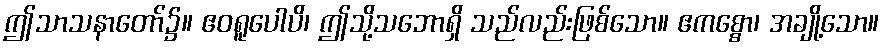
ဤသာသနာတော်၌။ ဧဝရူပေါပိ၊ ဤသို့သဘောရှိ သည်လည်းဖြစ်သော။ ဧကစ္စော၊ အချို့သော။